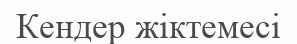
Кендер жіктемесі